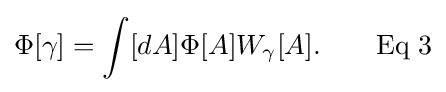
\Phi [\gamma ]=\int [dA]\Phi [A]W_{\gamma }[A].\qquad {\text{Eq 3}}